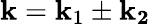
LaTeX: \mathbf{k}=\mathbf{k}_{1}\pm\mathbf{k_{2}}